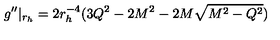
g ^ { \prime \prime } | _ { r _ { h } } = 2 r _ { h } ^ { - 4 } ( 3 Q ^ { 2 } - 2 M ^ { 2 } - 2 M \sqrt { M ^ { 2 } - Q ^ { 2 } } )